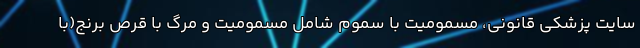
سایت پزشکی قانونی، مسمومیت با سموم شامل مسمومیت و مرگ با قرص برنج(با